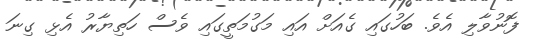
ފޮނުވާލި އެވެ. ބަހުގައި ގެއަށް އައި މަގުމަތީގައި ވެސް ހަތިޔާރު އެޅި ގިނަ